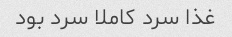
غذا سرد کاملا سرد بود